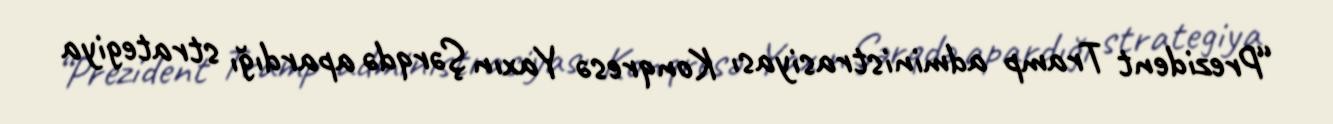
“Prezident Tramp administrasiyası Konqresə Yaxın Şərqdə apardığı strategiya